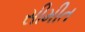
સીમીત